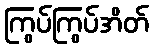
ကြွပ်ကြွပ်အိတ်